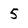
Character: 5